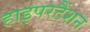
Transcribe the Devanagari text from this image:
हाइपरटैंशन